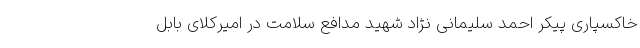
خاکسپاری پیکر احمد سلیمانی‌ نژاد شهید مدافع سلامت در امیرکلای بابل